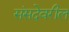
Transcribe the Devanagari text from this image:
संसदेवरील